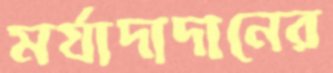
মর্যাদাদানের